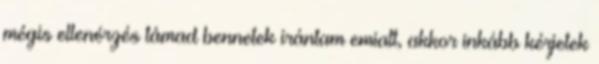
mégis ellenérzés támad bennetek irántam emiatt, akkor inkább kérjetek